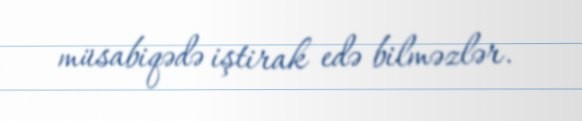
müsabiqədə iştirak edə bilməzlər.